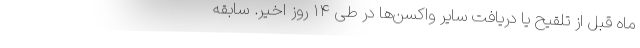
ماه قبل از تلقیح یا دریافت سایر واکسن‌ها در طی ۱۴ روز اخیر. سابقه